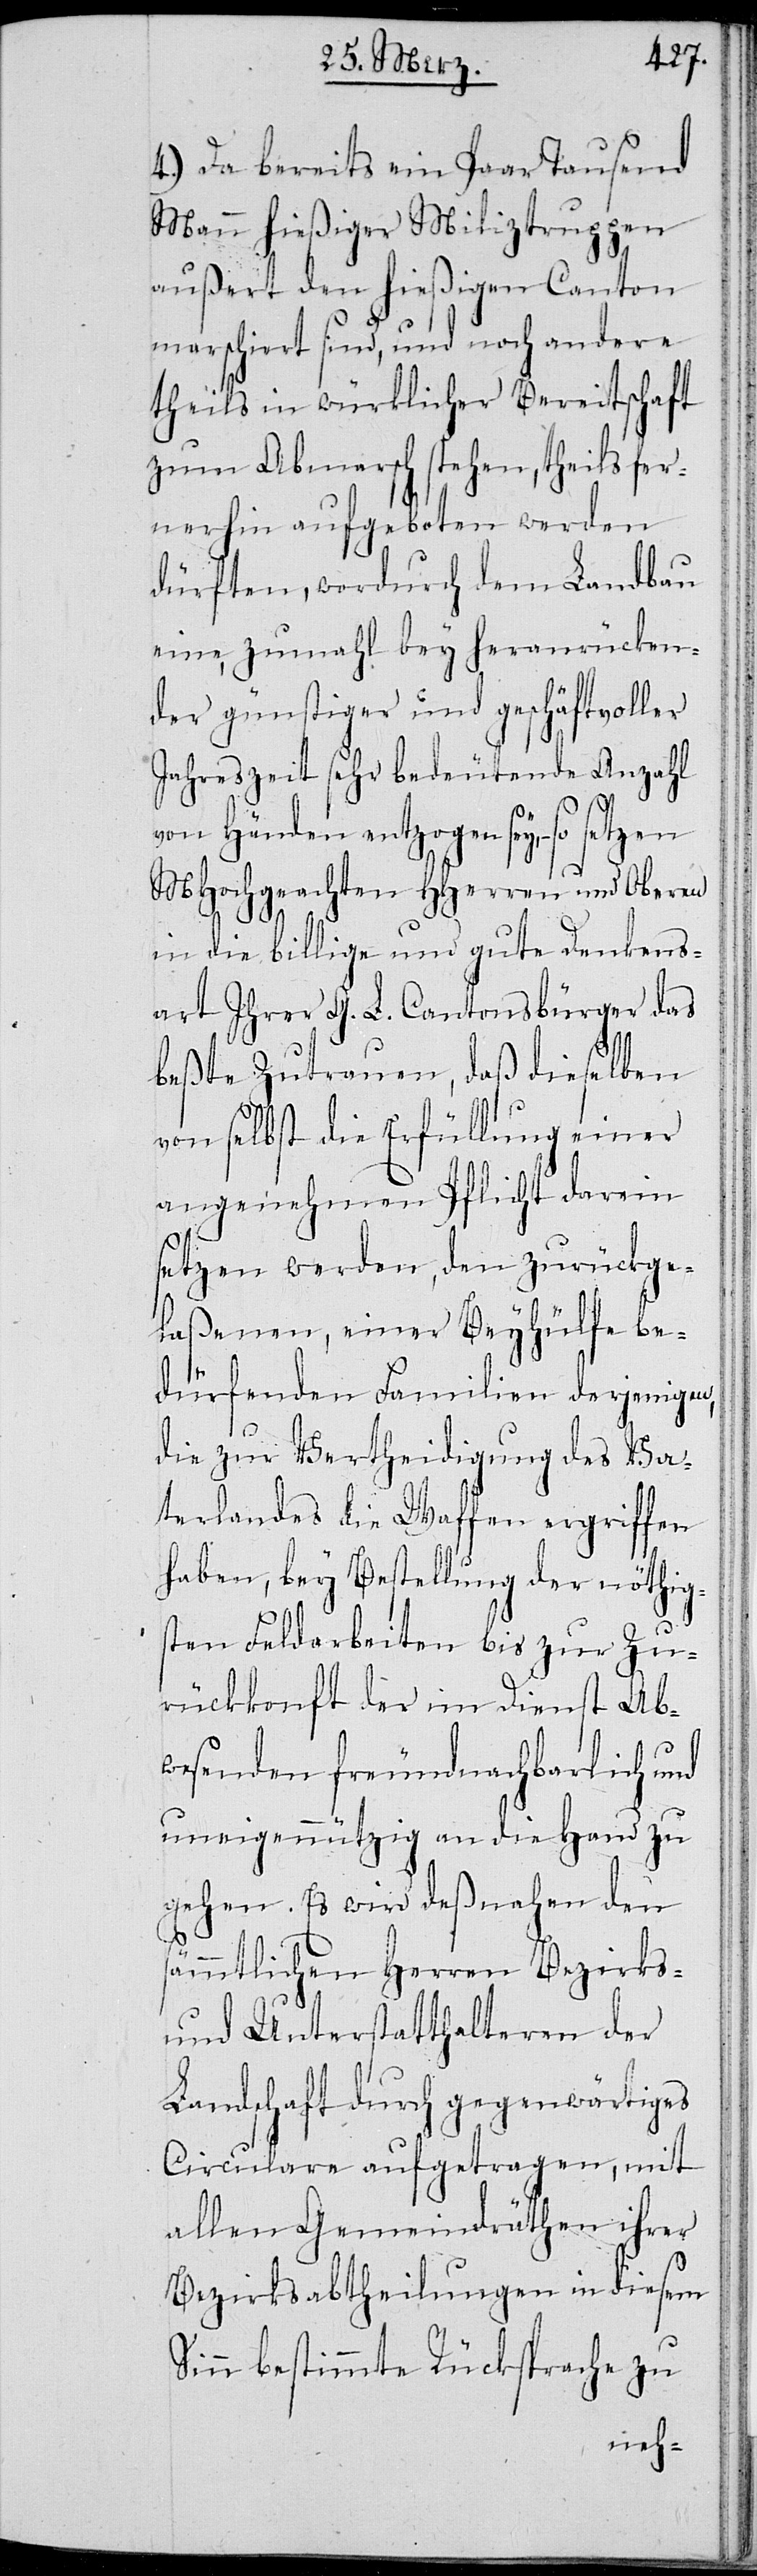
4.) Da bereits ein paar Tausend
Mann hießiger Miliztruppen
außert den hießigen Canton
marschiert sind, und noch andere
theils in würklicher Bereitschaft
zum Abmarsch stehen, theils fer¬
nerhin aufgeboten werden
dürften, wodurch dem Landbau
eine, zumahl bey heranrücken¬
der günstiger und geschäftsvoller
Jahreszeit sehr bedeutende Anzahl
von Händen entzogen sey, so set¬
MHochgeachte HHerren und Oberen
in die billige und gute Denkens¬
art Ihrer G. L. Cantonsbürger das
beßte Zutrauen, daß dieselben
von selbst die Erfüllung einer
angenehmen Pflicht darin
setzen werden, den Zurückge¬
laßenen, einer Beyhülfe be¬
dürfenden Familien derjenigen,
die zur Vertheidigung des Va¬
terlandes die Waffen ergriffen
haben, bey Bestellung der nöthig¬
sten Feldarbeiten bis zur Zu¬
rückkonft der im Dienst Ab¬
wesenden freundnachbarlich und
uneigennützig an die Hand zu
gehen. Es wird deßnahen den
s¬
ämmtlichen Herren Bezirks-
und Unterstatthalteren der
Landschaft durch gegenwärtiges
Circulare aufgetragen, mit
allen Gemeindräthen ihrer
Bezirksabtheilungen in diesem
Sinn bestimmte Rücksprache zu